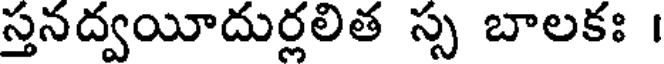
స్తనద్వయీదుర్లలిత స్స బాలకః ।